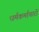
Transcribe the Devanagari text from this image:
धर्मकर्माचारों